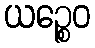
ယဉ္စေဝ